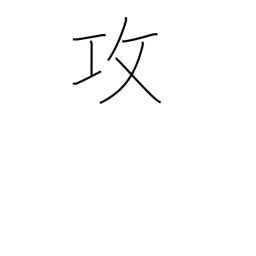
Meaning: criticize